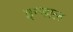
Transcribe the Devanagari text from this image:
इन्डाल